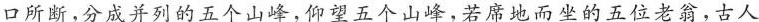
口所断，分成并列的五个山峰，